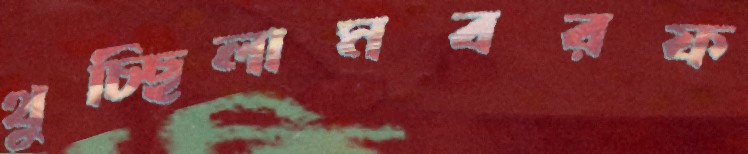
থুচ্ছিলামবরফ